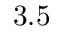
3 . 5